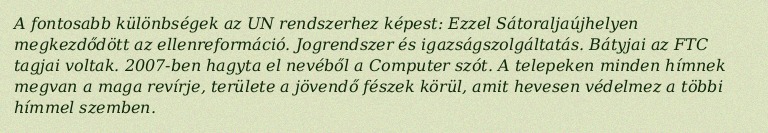
A fontosabb különbségek az UN rendszerhez képest: Ezzel Sátoraljaújhelyen megkezdődött az ellenreformáció. Jogrendszer és igazságszolgáltatás. Bátyjai az FTC tagjai voltak. 2007-ben hagyta el nevéből a Computer szót. A telepeken minden hímnek megvan a maga revírje, területe a jövendő fészek körül, amit hevesen védelmez a többi hímmel szemben.